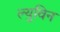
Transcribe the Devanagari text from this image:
ल्युविन